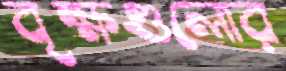
বৃক্ষগুলোর